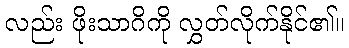
လည်း ဖိုးသာဂိကို လွှတ်လိုက်နိုင်၏။